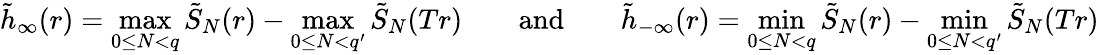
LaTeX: \tilde{h}_{\infty}(r)=\operatorname*{max}_{0\le N<q}\tilde{S}_{N}(r)-\operatorname*{max}_{0\le N<q^{\prime}}\tilde{S}_{N}(Tr)\qquad\textrm{and}\qquad\tilde{h}_{-\infty}(r)=\operatorname*{min}_{0\le N<q}\tilde{S}_{N}(r)-\operatorname*{min}_{0\le N<q^{\prime}}\tilde{S}_{N}(Tr)